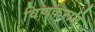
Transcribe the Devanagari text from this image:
विणकराने